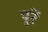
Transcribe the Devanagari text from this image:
पूरें